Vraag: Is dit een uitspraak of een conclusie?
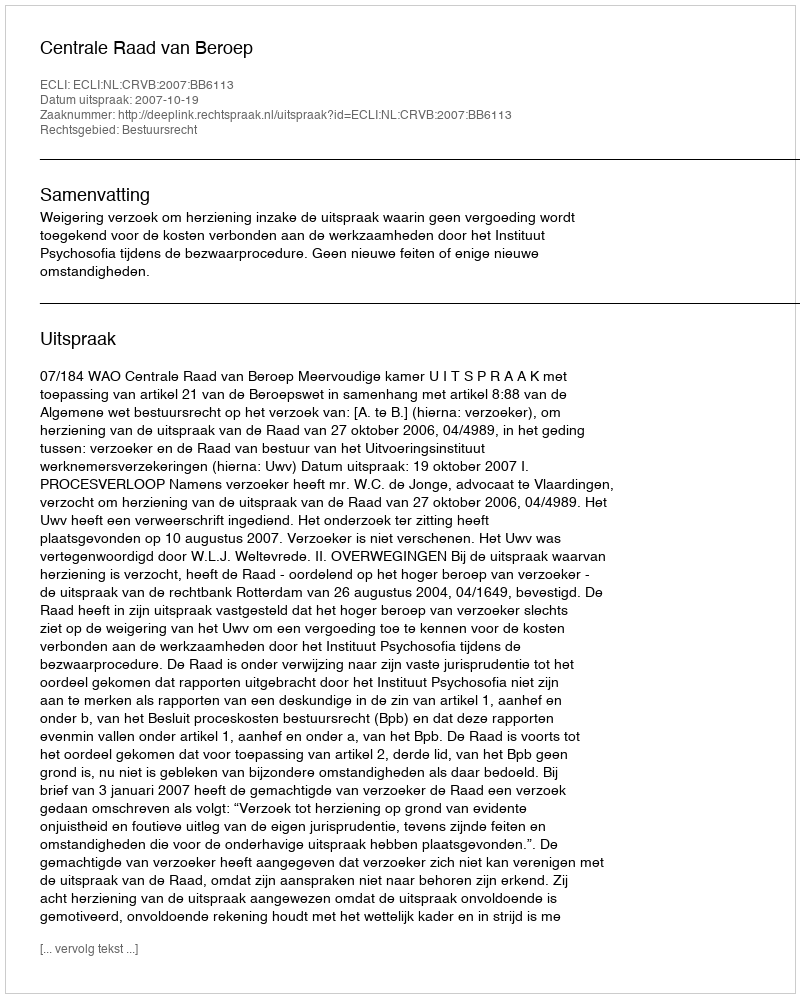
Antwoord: Uitspraak